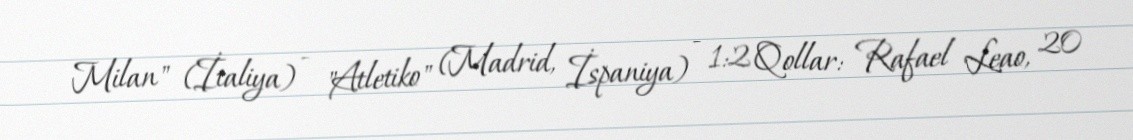
Milan" (İtaliya) - "Atletiko" (Madrid, İspaniya) - 1:2 Qollar: Rafael Leao, 20